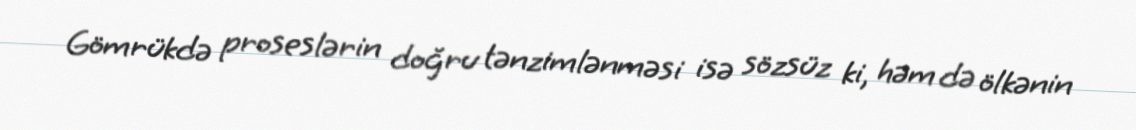
Gömrükdə proseslərin doğru tənzimlənməsi isə sözsüz ki, həm də ölkənin